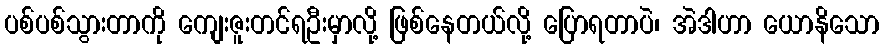
ပစ်ပစ်သွားတာကို ကျေးဇူးတင်ရဦးမှာလို့ ဖြစ်နေတယ်လို့ ပြောရတာပဲ၊ အဲဒါဟာ ယောနိသော